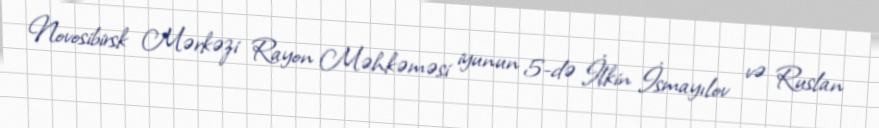
Novosibirsk Mərkəzi Rayon Məhkəməsi iyunun 5-də İlkin İsmayılov və Ruslan